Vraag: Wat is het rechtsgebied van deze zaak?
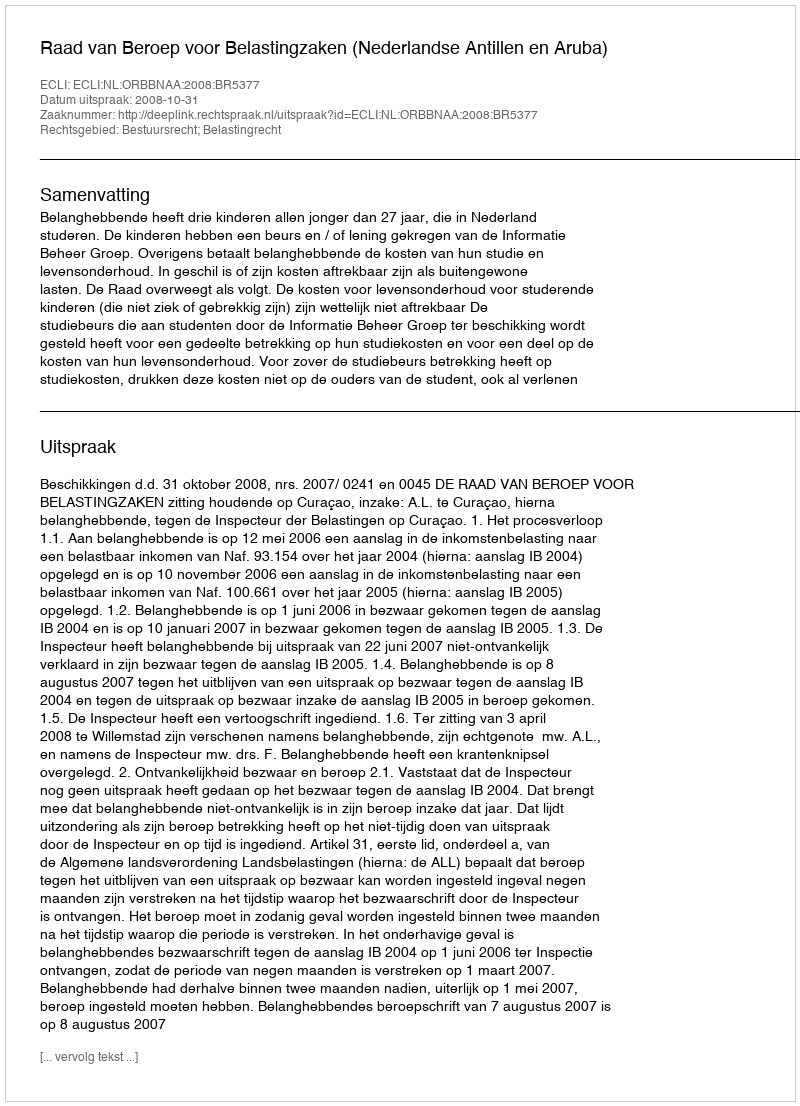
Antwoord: Bestuursrecht; Belastingrecht